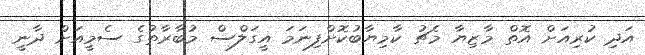
އަދި ކުރިއަށް އޮތް މާޒިޔާ މެޗު ކާމިޔާބުކޮށްފިނަމަ އީގަލްސް މުބާރާތުގެ ސެމީއަށް ދާނީ